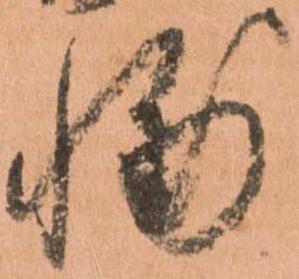
輔